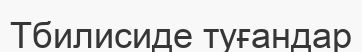
Тбилисиде туғандар